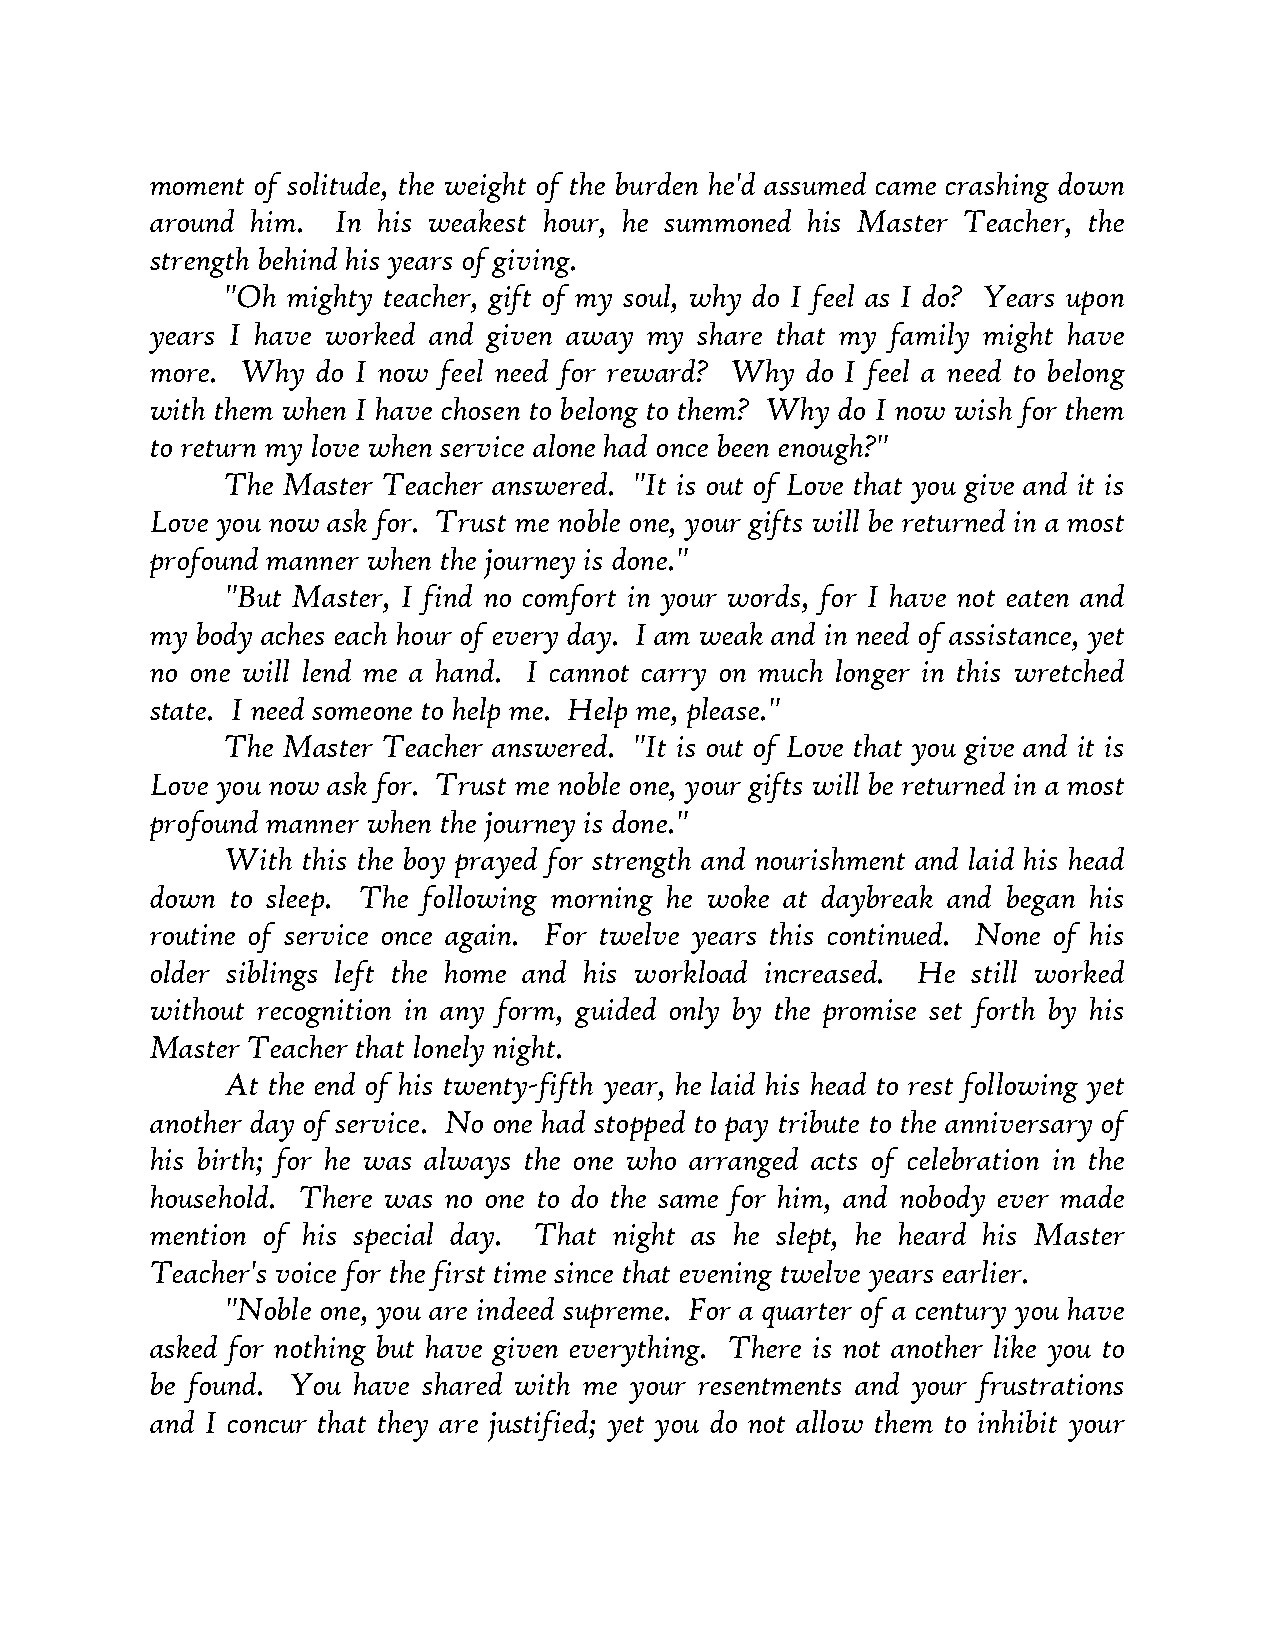
moment of solitude, the weight of the burden he'd assumed came crashing down
 around him. In his weakest hour, he summoned his Master Teacher, the
 strength behind his years of giving.
 "Oh mighty teacher, gift of my soul, why do I feel as I do? Years upon
 years I have worked and given away my share that my family might have
 more. Why  do I now feel need for reward? Why do I feel a need to belong
 with them when I have chosen to belong to them? Why do I now wish for them
 to return my love when service alone had once been enough?"
 The Master Teacher answered. "It is out of Love that you give and it is
 Love you now ask for. Trust me noble one, your gifts will be returned in a most
 profound manner when the journey is done."
 "But Master, I find no comfort in your words, for I have not eaten and
 my body aches each hour of every day. I am weak and in need of assistance, yet
 no one will lend me a hand. I cannot carry on much longer in this wretched
 state. I need someone to help me. Help me, please."
 The Master Teacher answered. "It is out of Love that you give and it is
 Love you now ask for. Trust me noble one, your gifts will be returned in a most
 profound manner when the journey is done."
 With this the boy prayed for strength and nourishment and laid his head
 down to sleep. The following morning he woke at daybreak and began his
 routine of service once again. For twelve years this continued. None of his
 older siblings left the home and his workload increased. He still worked
 without recognition in any form, guided only by the promise set forth by his
 Master Teacher that lonely night.
 At the end of his twenty-fifth year, he laid his head to rest following yet
 another day of service. No one had stopped to pay tribute to the anniversary of
 his birth; for he was always the one who arranged acts of celebration in the
 household. There was no one to do the same for him, and nobody ever made
 mention of his special day. That night as he slept, he heard his Master
 Teacher's voice for the first time since that evening twelve years earlier.
 "Noble one, you are indeed supreme. For a quarter of a century you have
 asked for nothing but have given everything. There is not another like you to
 be found. You have shared with me your resentments and your frustrations
 and I concur that they are justified; yet you do not allow them to inhibit your